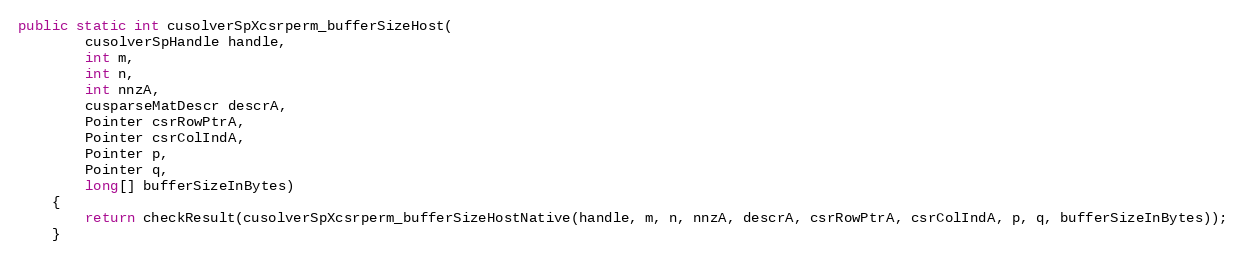
Language: Java
public static int cusolverSpXcsrperm_bufferSizeHost(
        cusolverSpHandle handle,
        int m,
        int n,
        int nnzA,
        cusparseMatDescr descrA,
        Pointer csrRowPtrA,
        Pointer csrColIndA,
        Pointer p,
        Pointer q,
        long[] bufferSizeInBytes)
    {
        return checkResult(cusolverSpXcsrperm_bufferSizeHostNative(handle, m, n, nnzA, descrA, csrRowPtrA, csrColIndA, p, q, bufferSizeInBytes));
    }